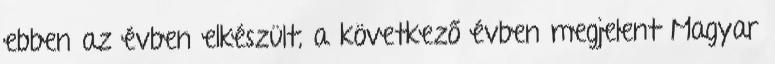
ebben az évben elkészült, a következő évben megjelent Magyar